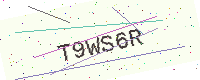
Text: T9WS6R